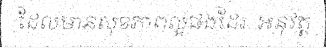
ដែលមានសុខភាពល្អផងដែរ. អនុវត្ត